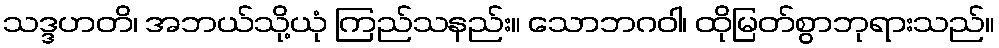
သဒ္ဒဟတိ၊ အဘယ်သို့ယုံ ကြည်သနည်း။ သောဘဂဝါ၊ ထိုမြတ်စွာဘုရားသည်။